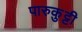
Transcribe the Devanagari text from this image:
पारुकुट्टी